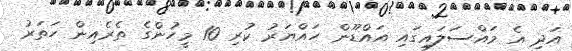
އަދި އެ މައްސަލައިގައި އައްޑޫން ހައްޔަރު ކުރި 10 މީހުންގެ ތެރެއިން ހަތަރު